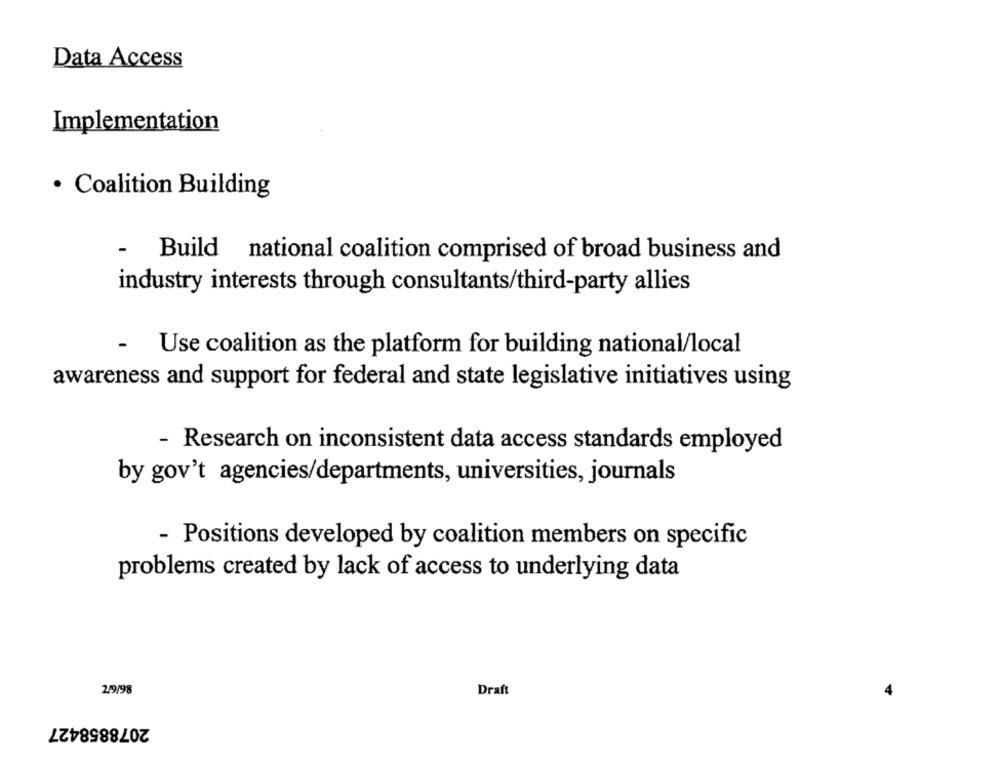
Data Access
Implementation
· Coalition Building
-
Build national coalition comprised of broad business and
industry interests through consultants/third-party allies
Use coalition as the platform for building national/local
awareness and support for federal and state legislative initiatives using
- Research on inconsistent data access standards employed
by gov't agencies/departments, universities, journals
- Positions developed by coalition members on specific
problems created by lack of access to underlying data
2/9/98
Draft
2078858427